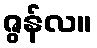
ဇွန်လ။